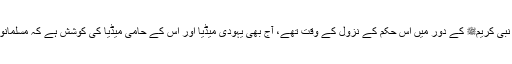
اگر موجودہ دور کے حالات دیکھے جائیں تو یہ بھی اسی طرح کے حالات ہیں جیسے نبی کریمﷺ کے دور میں اس حکم کے نزول کے وقت تھے، آج بھی یہودی میڈیا اور اس کے حامی میڈیا کی کوشش ہے کہ مسلمانوں میں فحاشی پھیلے تو اس پس منظر میں بھی پردے کے حکم کا اطلاق ضروری ہے۔